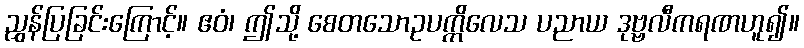
ညွှန်ပြခြင်းကြောင့်။ ဧဝံ၊ ဤသို့ စေတသောဥပက္ကိလေသ ပညာယ ဒုဗ္ဗလီကရဏဟူ၍။